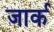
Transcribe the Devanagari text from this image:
जार्क